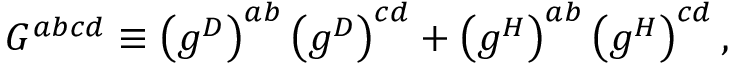
G ^ { a b c d } \equiv \left( g ^ { D } \right) ^ { a b } \left( g ^ { D } \right) ^ { c d } + \left( g ^ { H } \right) ^ { a b } \left( g ^ { H } \right) ^ { c d } ,